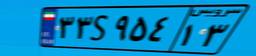
۱۵S۷۸۳۹۳